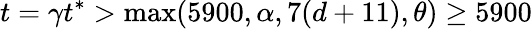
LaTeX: t=\gamma t^{*}>\operatorname*{max}(5900,\alpha,7(d+11),\theta)\geq 5900